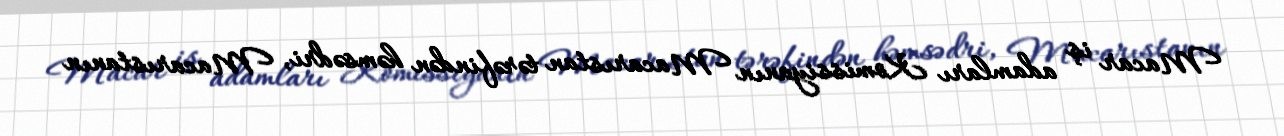
Macar iş adamları Komissiyanın Macarıstan tərəfindən həmsədri, Macarıstanın